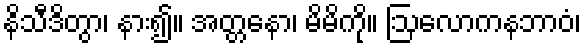
နိသီဒိတွာ၊ နား၍။ အတ္တနော၊ မိမိကို။ ဩလောကနဘာဝံ၊